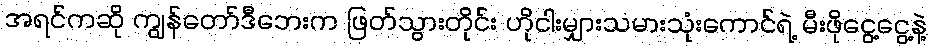
အရင်ကဆို ကျွန်တော်ဒီဘေးက ဖြတ်သွားတိုင်း ဟိုငါးမျှားသမားသုံးကောင်ရဲ့ မီးဖိုငွေ့ငွေ့နဲ့